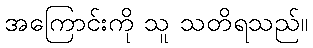
အကြောင်းကို သူ သတိရသည်။